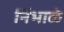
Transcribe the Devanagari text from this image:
निंभाळे